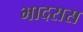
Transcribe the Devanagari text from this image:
भादरास